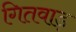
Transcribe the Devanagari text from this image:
गितवाड़